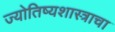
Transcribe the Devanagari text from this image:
ज्योतिष्यशास्त्राचा